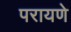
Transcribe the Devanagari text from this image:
परायणे